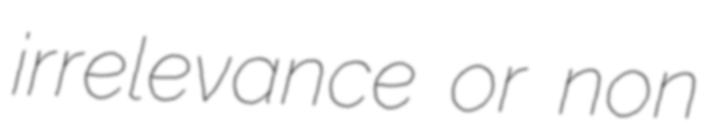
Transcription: irrelevance or non